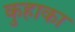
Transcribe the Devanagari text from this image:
कुहाका